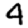
Digit: 4